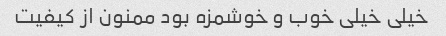
خیلی خیلی خوب و خوشمزه بود ممنون از کیفیت